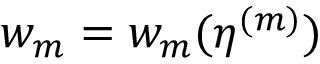
w _ { m } = w _ { m } ( \boldsymbol { \eta } ^ { ( m ) } )